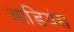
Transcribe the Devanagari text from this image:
आडियंस